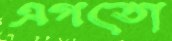
এগতো